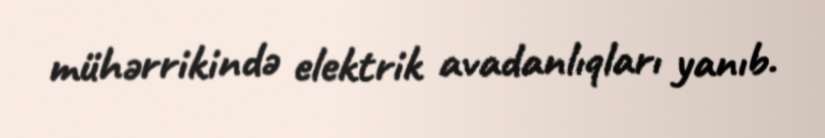
mühərrikində elektrik avadanlıqları yanıb.